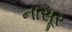
નાસૂર